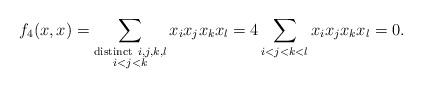
LaTeX: \begin{align*}f_4(x,x)=\sum\limits_{\substack{{\rm distinct}\ i,j,k,l\\ i<j<k}} x_ix_jx_kx_l=4 \sum\limits_{i<j<k<l} x_ix_jx_kx_l=0.\end{align*}